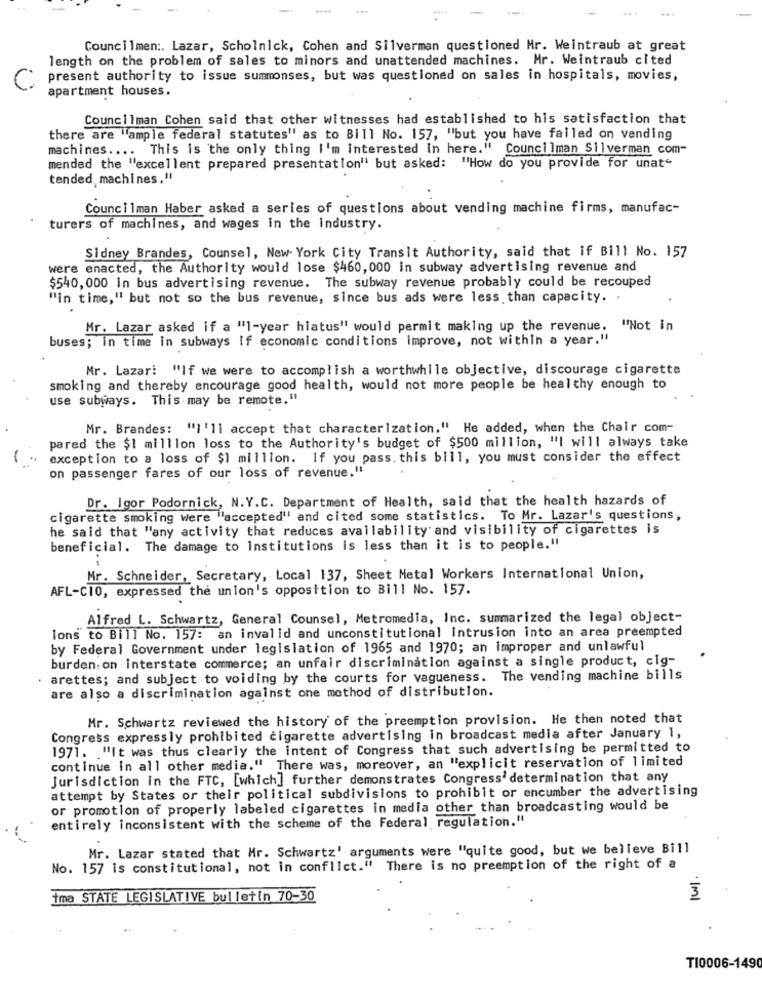
-
....
Councilmen :. Lazar, Scholnick, Cohen and Silverman questioned Mr. Weintraub at great
length on the problem of sales to minors and unattended machines. Mr. Weintraub cited
present authority to issue summonses, but was questioned on sales in hospitals, movies,
apartment houses.
Councilman Cohen said that other witnesses had established to his satisfaction that
there are "ample federal statutes" as to Bill No. 157, "but you have failed on vending
machines .... This is the only thing I'm interested in here." Councilman Silverman com-
mended the "excellent prepared presentation" but asked: "How do you provide for unat"
tended machines,"
Councilman Haber asked a series of questions about vending machine firms, manufac-
turers of machines, and wages in the industry.
Sidney Brandes, Counsel, New York City Transit Authority, said that if Bill No. 157
were enacted, the Authority would lose $460, 000 in subway advertising revenue and
$540, 000 in bus advertising revenue. The subway revenue probably could be recouped
"in time," but not so the bus revenue, since bus ads were less than capacity. .
Mr. Lazar asked if a "1-year hiatus" would permit making up the revenue. "Not in
buses; in time in subways if economic conditions improve, not within a year."
Mr. Lazar: "If we were to accomplish a worthwhile objective, discourage cigarette
smoking and thereby encourage good health, would not more people be healthy enough to
use subways. This may be remote."
Mr. Brandes: "]'11 accept that characterization." He added, when the Chair com-
pared the $1 million loss to the Authority's budget of $500 million, "I will always take
exception to a loss of $1 million. If you pass. this bill, you must consider the effect
on passenger fares of our loss of revenue."
Dr. Igor Podornick, N.Y.C. Department of Health, said that the health hazards of
cigarette smoking were "accepted" and cited some statistics. To Mr. Lazar's questions,
he said that "any activity that reduces availability and visibility of cigarettes is
beneficial. The damage to Institutions is less than it is to people."
Mr. Schneider, Secretary, Local 137, Sheet Metal Workers International Union,
AFL-CIO, expressed the union's opposition to Bill No. 157.
Alfred L. Schwartz, General Counsel, Metromedia, Inc. summarized the legal object-
lons to Bill No. 157: an invalid and unconstitutional intrusion into an area preempted
by Federal Government under legislation of 1965 and 1970; an improper and unlawful
burden: on interstate commerce; an unfair discrimination against a single product, cig-
arettes; and subject to voiding by the courts for vagueness.
The vending machine bills
are also a discrimination against one method of distribution.
Mr. Schwartz reviewed the history of the preemption provision. He then noted that
Congress expressly prohibited cigarette advertising in broadcast media after January 1,
1971. . "It was thus clearly the intent of Congress that such advertising be permitted to
continue in all other media." There was, moreover, an "explicit reservation of limited
Jurisdiction in the FTC, [which] further demonstrates Congress' determination that any
attempt by States of their political subdivisions to prohibit or encumber the advertising
or promotion of properly labeled cigarettes in media other than broadcasting would be
entirely inconsistent with the scheme of the Federal regulation."
Mr. Lazar stated that Mr. Schwartz' arguments were "quite good, but we believe Bill
No. 157 is constitutional, not in conflict."
There is no preemption of the right of a
İma STATE LEGISLATIVE bulletin 70-30
3
T10006-1490